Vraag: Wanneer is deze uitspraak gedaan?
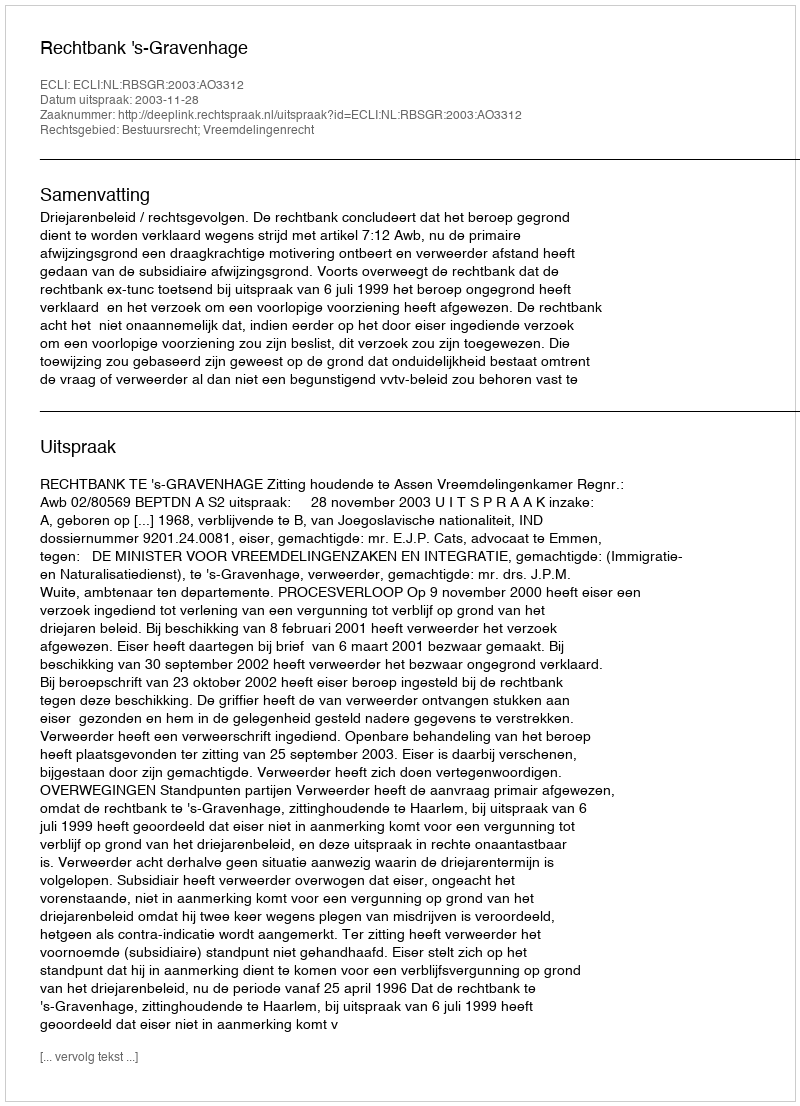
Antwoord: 2003-11-28